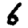
Digit: 6